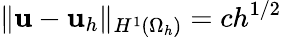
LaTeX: \Vert{{\mathbf u}-{\mathbf u}_{h}}\Vert_{H^{1}(\Omega_{h})}=ch^{1/2}